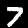
Label: 7